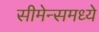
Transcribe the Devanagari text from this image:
सीमेन्समध्ये